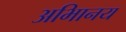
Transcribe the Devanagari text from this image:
अभािनय